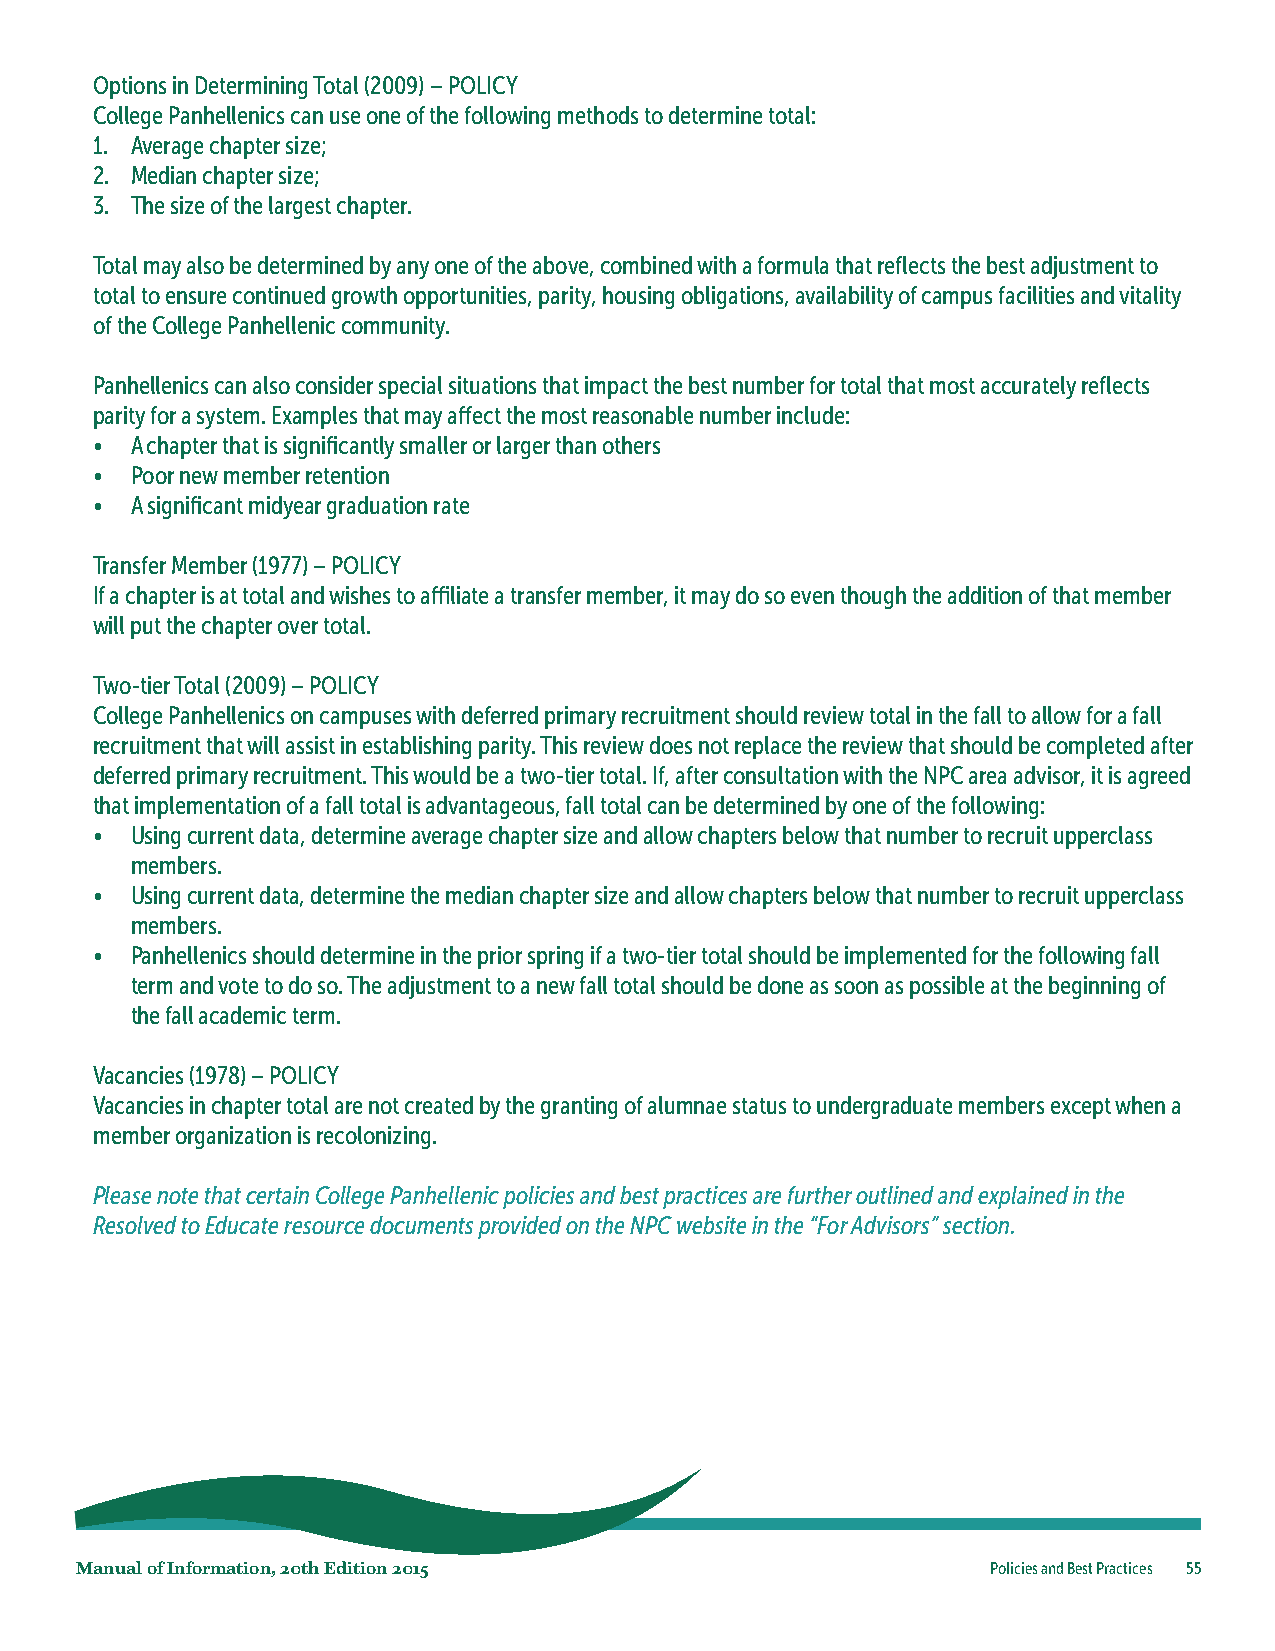
Options in Determining Total (2009) – POLICY
 College Panhellenics can use one of the following methods to determine total:
 1. Average chapter size;
 2. Median chapter size;
 3. The size of the largest chapter.
 Total may also be determined by any one of the above, combined with a formula that reflects the best adjustment to
 total to ensure continued growth opportunities, parity, housing obligations, availability of campus facilities and vitality
 of the College Panhellenic community.
 Panhellenics can also consider special situations that impact the best number for total that most accurately reflects
 parity for a system. Examples that may affect the most reasonable number include:
 •  A chapter that is significantly smaller or larger than others
 •  Poor new member retention
 •  A significant midyear graduation rate
 Transfer Member (1977) – POLICY
 If a chapter is at total and wishes to affiliate a transfer member, it may do so even though the addition of that member
 will put the chapter over total.
 Two-tier Total (2009) – POLICY
 College Panhellenics on campuses with deferred primary recruitment should review total in the fall to allow for a fall
 recruitment that will assist in establishing parity. This review does not replace the review that should be completed after
 deferred primary recruitment. This would be a two-tier total. If, after consultation with the NPC area advisor, it is agreed
 that implementation of a fall total is advantageous, fall total can be determined by one of the following:
 •  Using current data, determine average chapter size and allow chapters below that number to recruit upperclass
 members.
 •  Using current data, determine the median chapter size and allow chapters below that number to recruit upperclass
 members.
 •  Panhellenics should determine in the prior spring if a two-tier total should be implemented for the following fall
 term and vote to do so. The adjustment to a new fall total should be done as soon as possible at the beginning of
 the fall academic term.
 Vacancies (1978) – POLICY
 Vacancies in chapter total are not created by the granting of alumnae status to undergraduate members except when a
 member organization is recolonizing.
 Please note that certain College Panhellenic policies and best practices are further outlined and explained in the
 Resolved to Educate resource documents provided on the NPC website in the “For Advisors” section.
 Manual of Information, 20th Edition 2015                     Policies and Best Practices 55